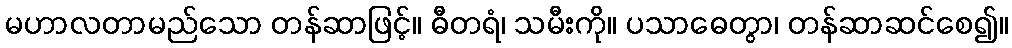
မဟာလတာမည်သော တန်ဆာဖြင့်။ ဓီတရံ၊ သမီးကို။ ပသာဓေတွာ၊ တန်ဆာဆင်စေ၍။